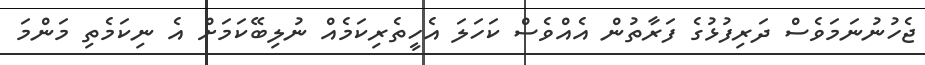
ޖެހުނުނަމަވެސް ދަރިފުޅުގެ ފަރާތުން އެއްވެސް ކަހަލަ އެހީތެރިކަމެއް ނުލިބޭކަމަށް އެ ނިކަމެތި މަންމަ